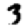
Digit: 3